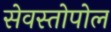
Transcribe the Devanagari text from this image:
सेवस्तोपोल